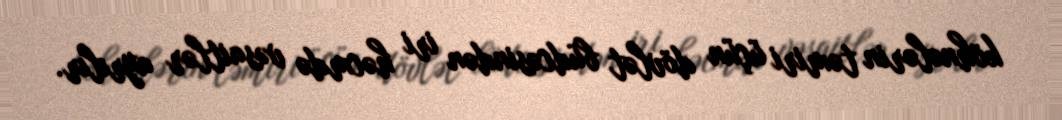
köhnələrin təmiri üçün dövlət büdcəsindən iri həcmdə vəsaitlər ayrılır.